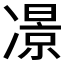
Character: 𠘉